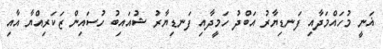
ޣަނީ މުހައްމަދާއި ފަނޑިޔާރު އަބްދު ހަމީދާއި ފަނޑިޔާރު ޝުއައިބު ހުސައިން ޒަކަރިއްޔާ އާއި